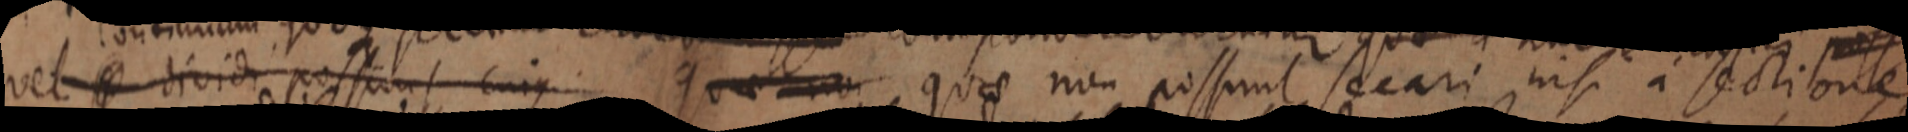
vel _ dividi possunt cujus quae non possunt secari nisi a sectione